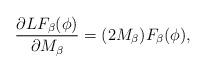
LaTeX: \begin{align*}\frac{ \partial LF_\beta(\phi)}{\partial M_{\beta}}=(2M_{\beta})F_{\beta}(\phi),\end{align*}